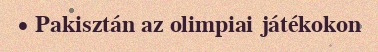
• Pakisztán az olimpiai játékokon